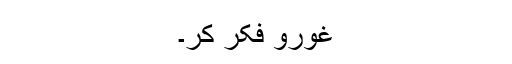
غورو فکر کر۔